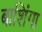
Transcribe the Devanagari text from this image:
बाशिंगा